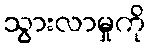
သွားလာမှုကို